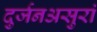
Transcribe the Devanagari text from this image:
दुर्जनअसुरां